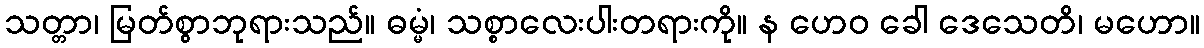
သတ္တာ၊ မြတ်စွာဘုရားသည်။ ဓမ္မံ၊ သစ္စာလေးပါးတရားကို။ န ဟေဝ ခေါ ဒေသေတိ၊ မဟော။